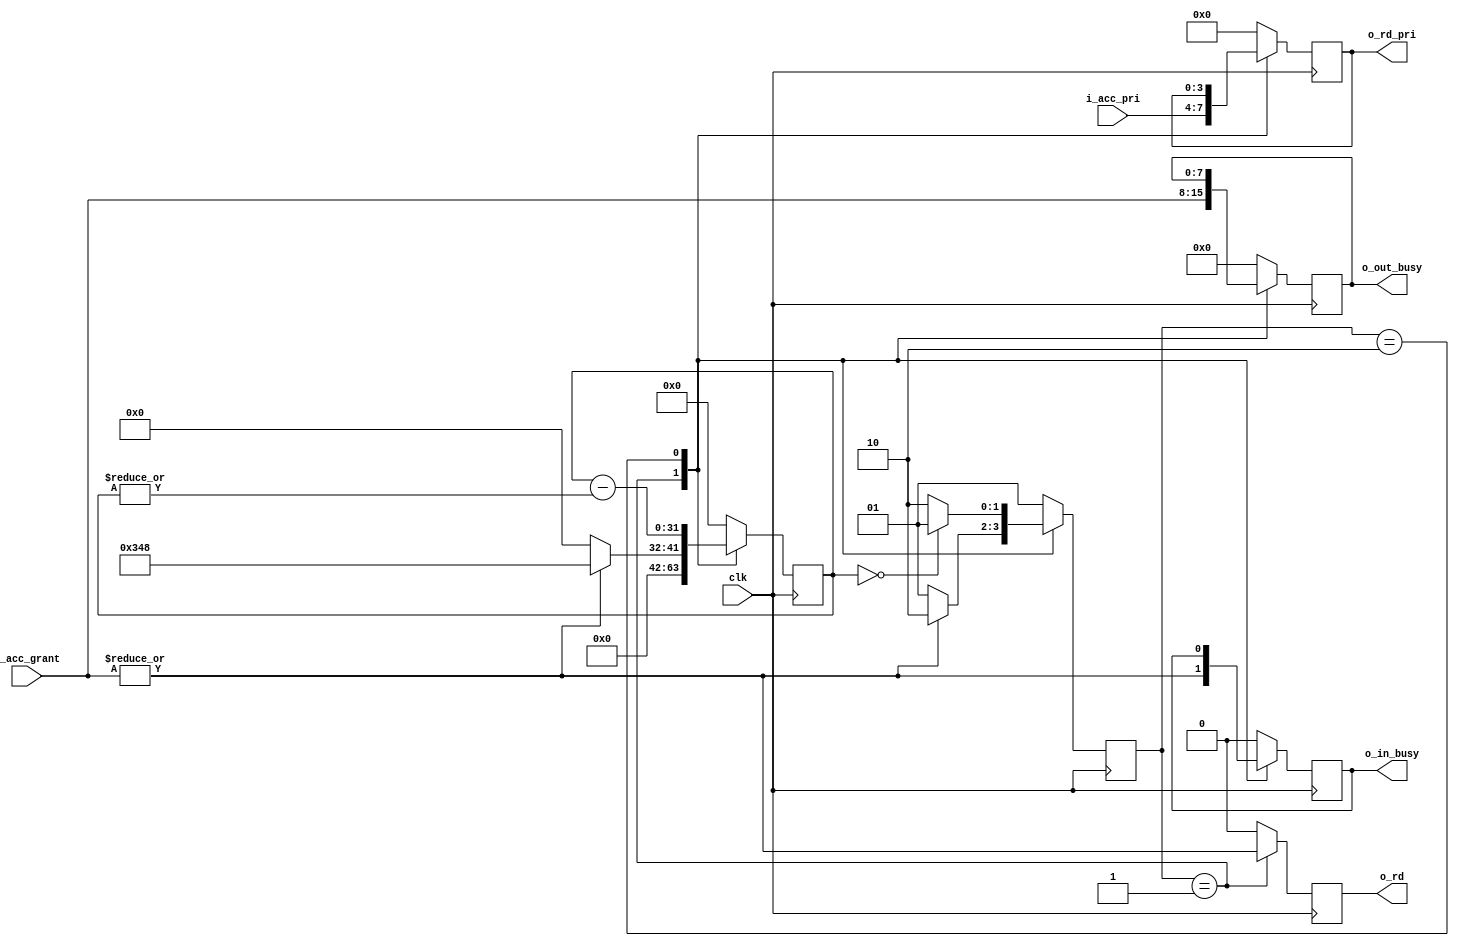
`timescale 1ns / 1ps
//////////////////////////////////////////////////////////////////////////////////
// Company: 
// Engineer: 
// 
// Design Name: 
// Module Name: frame_priority_delivers
// Project Name: 
// Target Devices: 
// Tool Versions: 
// Description: 
// 
// Dependencies: 
// 
// Revision:
// Revision 0.01 - File Created
// Additional Comments:
// 
//////////////////////////////////////////////////////////////////////////////////


module frame_priority_delivers#(
parameter PERIOD = 8,
parameter PORT = 8,
parameter PRIORITY = 4,
parameter WIDTH = 32,
parameter FRAME_BYTES = 64,
// 10 :100%, 1 : 10%
parameter BANDWIDTH = 10,
// 10 : 10 ns 100Mb 1 : 1 ns 1Gb
parameter SPEED = 10
)(
input clk,
input [PORT - 1 : 0] i_acc_grant,
input [PRIORITY - 1 : 0] i_acc_pri,
output reg o_rd,
output reg [PRIORITY - 1 : 0] o_rd_pri, 
output reg o_in_busy,
output reg [PORT - 1 : 0] o_out_busy
);

localparam IDLE = 2'b00;
localparam GRANT = 2'b01;
localparam WAITING = 2'b10;
localparam CLEAR = 2'b11;

reg [PORT - 1 : 0] out_busy = 0;
reg [WIDTH - 1 : 0] sending_time = 0;
reg [1 : 0] state = 0;
always @(posedge clk) begin
    case (state)
        GRANT: begin
            o_out_busy <= i_acc_grant;
            o_in_busy <= | i_acc_grant;
            o_rd <= | i_acc_grant;
            o_rd_pri <= i_acc_pri;
            if (|i_acc_grant) begin
               state <= WAITING;
               sending_time <= (((FRAME_BYTES + 4 + 4) * 8 + 96) * SPEED * 10 / (BANDWIDTH * PERIOD));
            end 
            else begin
               state <= GRANT;
               sending_time <= 0;
            end
       end
       WAITING:begin
           o_rd <= 0;
           sending_time <= sending_time - (|sending_time);
           if(sending_time == 0) begin
              state <= GRANT;
           end
           else begin
              state <= WAITING;
           end
       end
       default: begin
          o_rd <= 0;
          o_out_busy <= 0;
          o_in_busy <= 0;
          o_rd_pri <= 0;
          sending_time <= 0;
          state <= GRANT;
       end
    endcase
end
endmodule